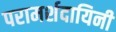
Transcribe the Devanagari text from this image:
परामर्शदायिनी